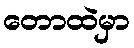
တောထဲမှာ